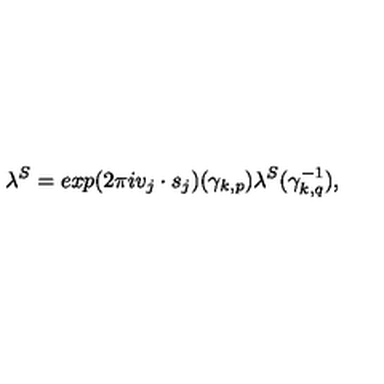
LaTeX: \lambda ^ { S } = e x p ( 2 \pi i v _ { j } \cdot s _ { j } ) ( { \gamma } _ { k , p } ) \lambda ^ { S } ( { \gamma } _ { k , q } ^ { - 1 } ) ,